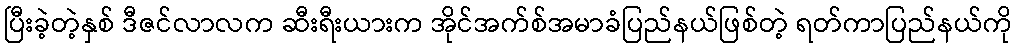
ပြီးခဲ့တဲ့နှစ် ဒီဇင်လာလက ဆီးရီးယားက အိုင်အက်စ်အမာခံပြည်နယ်ဖြစ်တဲ့ ရတ်ကာပြည်နယ်ကို